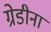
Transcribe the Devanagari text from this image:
ग्रेडीना